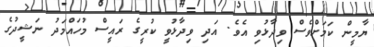
ޔާމީން ކަމަށްވެސް ވިދާޅުވި އެވެ. އަދި ވިދާޅުވީ ކުރީގެ ރައީސް މުހައްމަދު ނަޝީދުގެ